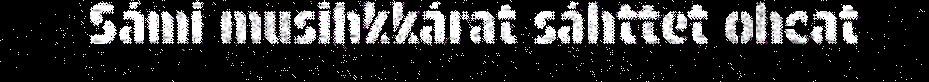
Sámi musihkkárat sáhttet ohcat